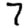
Digit: 7